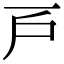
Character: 𢨥